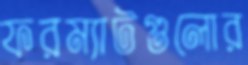
ফরম্যাটগুলোর